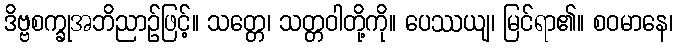
ဒိဗ္ဗစက္ခုအဘိညာဉ်ဖြင့်။ သတ္တေ၊ သတ္တဝါတို့ကို။ ပေဿယျ၊ မြင်ရာ၏။ စဝမာနေ၊